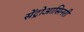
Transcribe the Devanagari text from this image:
सेंट्रोआसिनरी